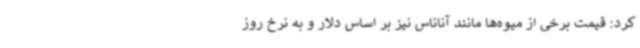
کرد: قیمت برخی از میوه‌ها مانند آناناس نیز بر اساس دلار و به نرخ روز